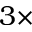
3 \times